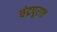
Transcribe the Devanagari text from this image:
चंद्रपूरात